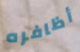
أظافره